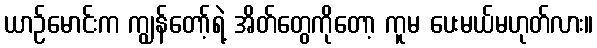
ယာဉ်မောင်းက ကျွန်တော့်ရဲ့ အိတ်တွေကိုတော့ ကူမ ပေးမယ်မဟုတ်လား။